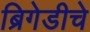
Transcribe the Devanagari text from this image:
ब्रिगेडीचे